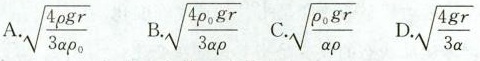
A.\sqrt{\frac{4 \rho gr}{3\alpha\rho_{0}}} B.\sqrt{\frac{4\rho _{0}gr}{3\alpha\rho}} C.\sqrt{\frac{\rho_{0}gr}{\alpha\rho}} D.\sqrt{\frac{4gr}{3\alpha}}